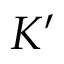
K ^ { \prime }